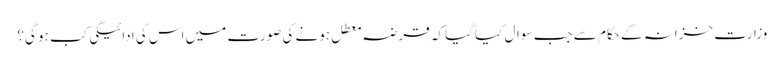
وزارت خزانہ کے حکام سے جب سوال کیا گیا کہ قرضہ معطل ہونے کی صورت میں اس کی ادائیگی کب ہو گی؟